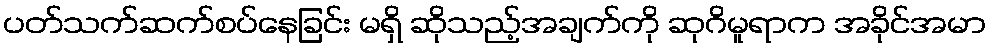
ပတ်သက်ဆက်စပ်နေခြင်း မရှိ ဆိုသည့်အချက်ကို ဆုဂိမူရာက အခိုင်အမာ